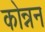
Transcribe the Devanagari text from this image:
कोन्नन